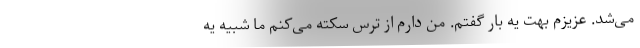
می‌شد. عزیزم بهت یه بار گفتم. من دارم از ترس سکته می‌کنم ما شبیه یه